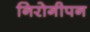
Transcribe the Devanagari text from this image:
निरोगीपन